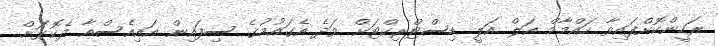
ރަހީންކޮށްފައިވާ ހައްމާމް އަލް އަލީ ޑިސްޓްރިކްޓަށް ވަދެ އެގައުމުގެ ސިފައިން އައިއެސްއާ ދެކޮޅަށް